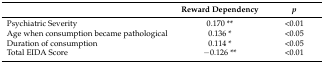
<table><thead><tr><td></td><td><b>Reward Dependency</b></td><td><b><i>p</i></b></td></tr></thead><tbody><tr><td>Psychiatric Severity</td><td>0.170 **</td><td>&lt;0.01</td></tr><tr><td>Age when consumption became pathological</td><td>0.136 *</td><td>&lt;0.05</td></tr><tr><td>Duration of consumption</td><td>0.114 *</td><td>&lt;0.05</td></tr><tr><td>Total EIDA Score</td><td>−0.126 **</td><td>&lt;0.01</td></tr></tbody></table>